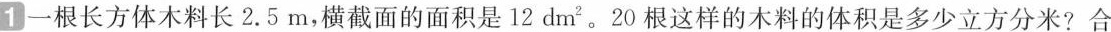
1 一根长方体木料长2.5m，横截面的面积是12dm^{2}。20根这样的木料的体积是多少立方分米?合